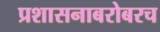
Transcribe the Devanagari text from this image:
प्रशासनाबरोबरच